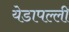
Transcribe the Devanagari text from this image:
येडापल्ली